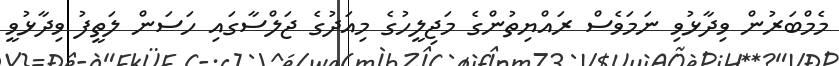
މެމްބަރުން ވިދާޅުވި ނަމަވެސް ރައްޔިތުންގެ މަޖިލީހުގެ މިއަދުގެ ޖަލްސާގައި ހަސަން ލަތީފު ވިދާޅުވީ